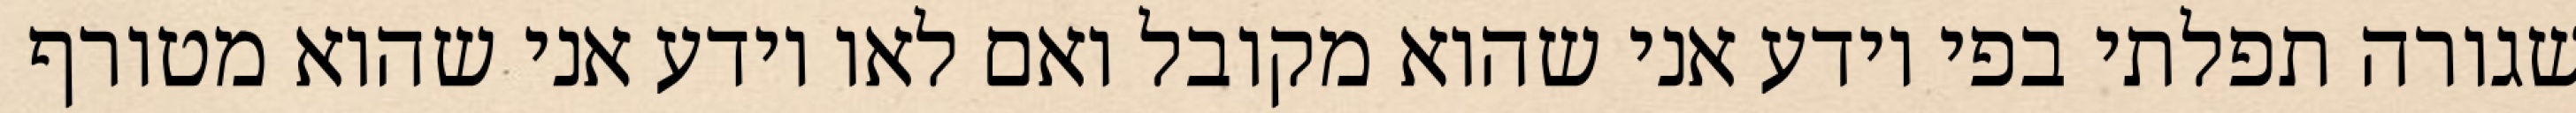
שגורה תפלתי בפי יודע אני שהוא מקובל ואם לאו יודע אני שהוא מטורף